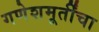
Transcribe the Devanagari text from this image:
गणेशमूर्तींचा